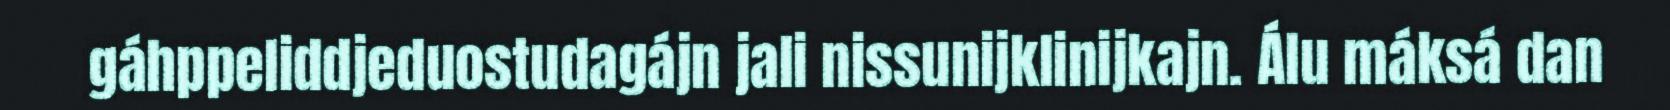
gáhppeliddjeduostudagájn jali nissunijklinijkajn. Álu máksá dan